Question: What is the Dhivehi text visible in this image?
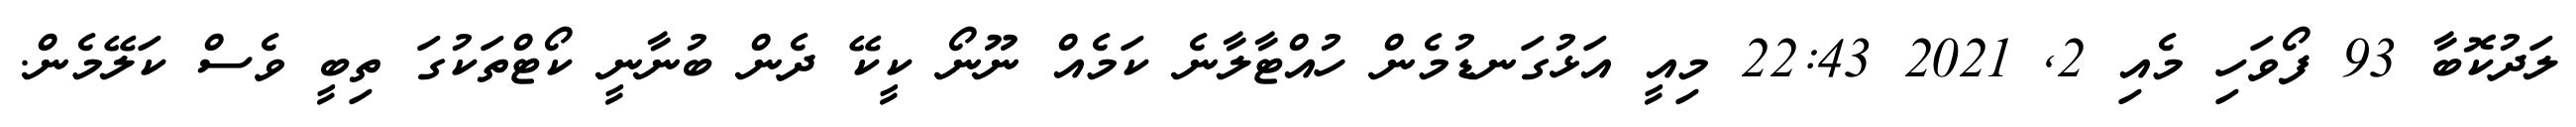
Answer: ލަދުކޮބާ 93 ފޯވަހި މެއި 2, 2021 22:43 މިއީ އަޅުގަނޑުމެން ހުއްޓާލާނެ ކަމެއް ނޫނޯ ކީކޭ ދެން ބުނާނީ ކޯޓްތަކުގަ ތިބީ ވެސް ކަލޭމެން.